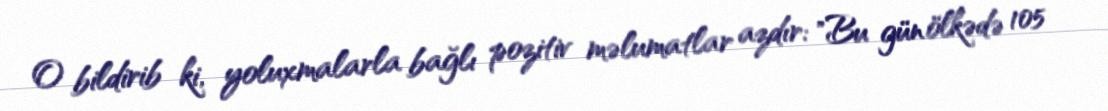
O bildirib ki, yoluxmalarla bağlı pozitiv məlumatlar azdır: "Bu gün ölkədə 105